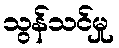
သွန်သင်မှု